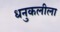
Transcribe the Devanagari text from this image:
धनुकलीला